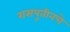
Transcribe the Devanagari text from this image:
रासपुतीनचे